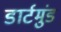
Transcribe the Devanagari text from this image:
डार्टमुंड